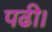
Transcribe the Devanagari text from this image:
पढी।